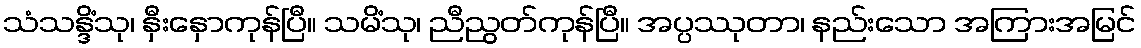
သံသန္ဒိံသု၊ နှီးနှောကုန်ပြီ။ သမိံသု၊ ညီညွတ်ကုန်ပြီ။ အပ္ပဿုတာ၊ နည်းသော အကြားအမြင်